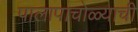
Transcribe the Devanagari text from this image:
पालापाचोळ्याची